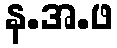
န.အ.ဖ